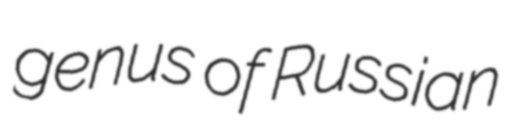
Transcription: genus of Russian